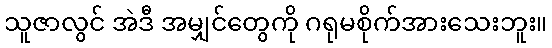
သူဇာလွင် အဲဒီ အမျှင်တွေကို ဂရုမစိုက်အားသေးဘူး။